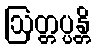
ဩတ္တပ္ပန္တိ